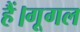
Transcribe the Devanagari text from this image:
हैं।गूगल